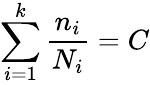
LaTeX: \sum_{i=1}^{k}{\frac{n_{i}}{N_{i}}}=C